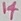
Text: 14